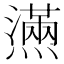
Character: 𰟮